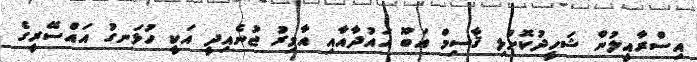
އިސްރާއީލުން ޝަހީދުކޮށްލި ޤާސިމް އަބޫ އައުދާއާއި އާމިރު ޖުނެއިދީ އަކީ ހުޅަނގު އައްސޭރީގެ